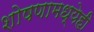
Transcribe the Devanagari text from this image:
शोषणामध्येही